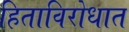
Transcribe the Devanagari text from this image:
हिताविरोधात